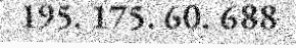
195. 175. 60. 688